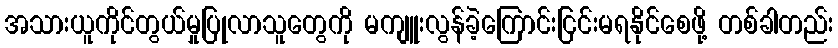
အသားယူကိုင်တွယ်မှုပြုလာသူတွေကို မကျူးလွန်ခဲ့ကြောင်းငြင်းမရနိုင်စေဖို့ တစ်ခါတည်း